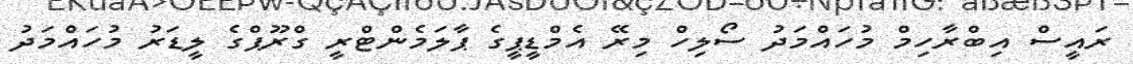
ރައީސް އިބްރާހިމް މުހައްމަދު ސޯލިހް މިރޭ އެމްޑީޕީގެ ޕާލަމެންޓްރީ ގްރޫޕްގެ ލީޑަރު މުހައްމަދު